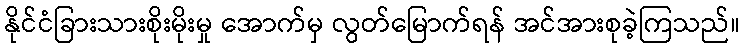
နိုင်ငံခြားသားစိုးမိုးမှု အောက်မှ လွတ်မြောက်ရန် အင်အားစုခဲ့ကြသည်။